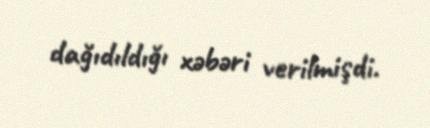
dağıdıldığı xəbəri verilmişdi.